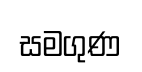
සමගුණ